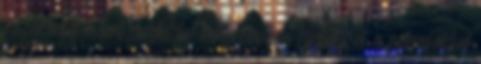
kiszakadva a krisztálytiszta, kék óceánban fürödni és a pálmafákkal